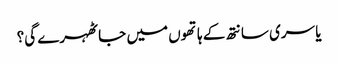
یا سری سانتھ کے ہاتھوں میں جا ٹھہرے گی؟